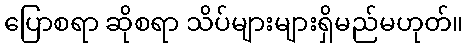
ပြောစရာ ဆိုစရာ သိပ်များများရှိမည်မဟုတ်။